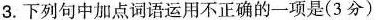
3.下列句中加点词语运用不正确的一项是(3分)